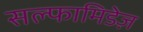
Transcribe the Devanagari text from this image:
सल्फामिडेज़